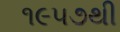
૧૯૫૭થી